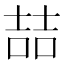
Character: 喆